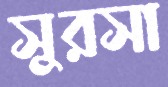
সুরসা